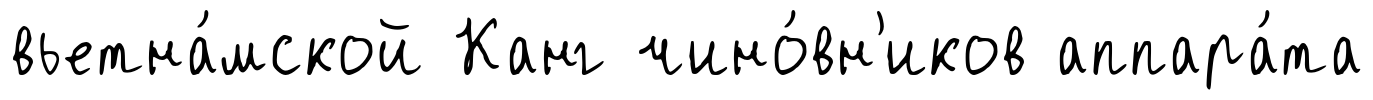
вьетна́мской Канг чино́вн'иков аппара́та